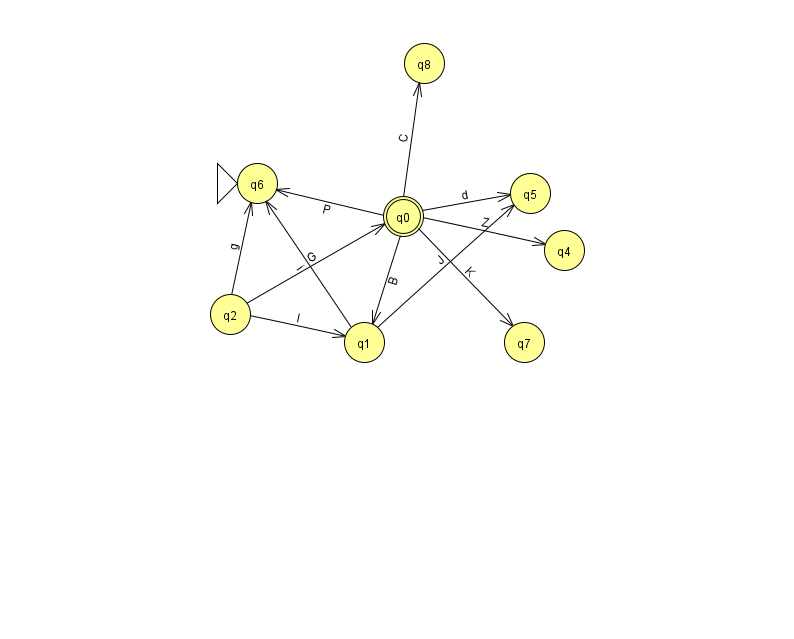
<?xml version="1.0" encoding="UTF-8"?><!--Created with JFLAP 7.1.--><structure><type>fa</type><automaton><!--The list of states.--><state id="0" name="q0"><x>403.0</x><y>203.0</y><final/></state><state id="1" name="q1"><x>364.0</x><y>329.0</y></state><state id="2" name="q2"><x>230.0</x><y>301.0</y></state><state id="4" name="q4"><x>564.0</x><y>237.0</y></state><state id="5" name="q5"><x>530.0</x><y>180.0</y></state><state id="6" name="q6"><x>257.0</x><y>170.0</y><initial/></state><state id="7" name="q7"><x>524.0</x><y>329.0</y></state><state id="8" name="q8"><x>424.0</x><y>50.0</y></state><!--The list of transitions.--><transition><from>0</from><to>6</to><read>P</read></transition><transition><from>1</from><to>6</to><read>i</read></transition><transition><from>0</from><to>4</to><read>Z</read></transition><transition><from>1</from><to>5</to><read>J</read></transition><transition><from>0</from><to>7</to><read>K</read></transition><transition><from>0</from><to>8</to><read>C</read></transition><transition><from>0</from><to>1</to><read>B</read></transition><transition><from>2</from><to>1</to><read>I</read></transition><transition><from>2</from><to>0</to><read>G</read></transition><transition><from>2</from><to>6</to><read>g</read></transition><transition><from>0</from><to>5</to><read>d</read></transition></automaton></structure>